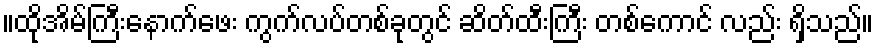
။ထိုအိမ်ကြီးနောက်ဖေး ကွက်လပ်တစ်ခုတွင် ဆိတ်ထီးကြီး တစ်ကောင် လည်း ရှိသည်။